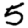
Digit: 5